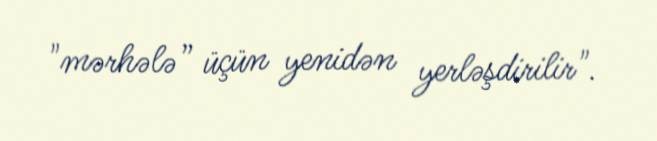
"mərhələ” üçün yenidən yerləşdirilir".